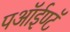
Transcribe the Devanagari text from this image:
पऑईण्टॅ